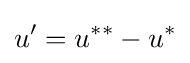
u'=u^{**}-u^{*}